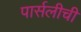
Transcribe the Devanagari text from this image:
पार्सलीची